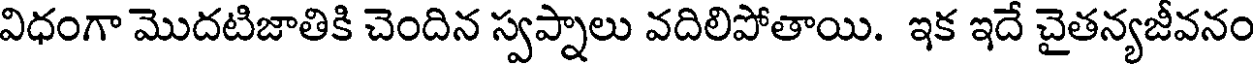
విధంగా మొదటిజాతికి చెందిన స్వప్నాలు వదిలిపోతాయి. ఇక ఇదే చైతన్యజీవనం